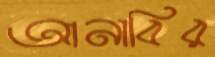
আনাবির